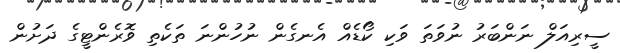
ސީރިއަލް ނަންބަރުު ނުވަތަ ވަކި ކޯޑެއް އެނގެން ނުހުންނަ ތަކެތި ވޮރެންޓީގެ ދަށުން